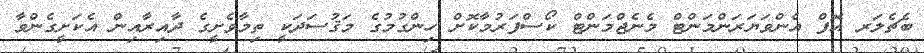
ބެޗެލަރ އޮފް އެންވަޔަރަންމަންޓް މެނެޖްމަންޓް ކޯސްފަރުމާކޮށް ހިންގުމުގެ މަޤުސަދަކީ ތިމާވެށީގެ ދާއިރާއިން އެކަށީގެންވާ